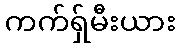
ကက်ရှ်မီးယား